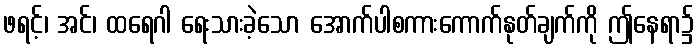
ဖရင့်၊ အင်၊ ထရေဂါ ရေးသားခဲ့သော အောက်ပါစကားကောက်နုတ်ချက်ကို ဤနေရာ၌